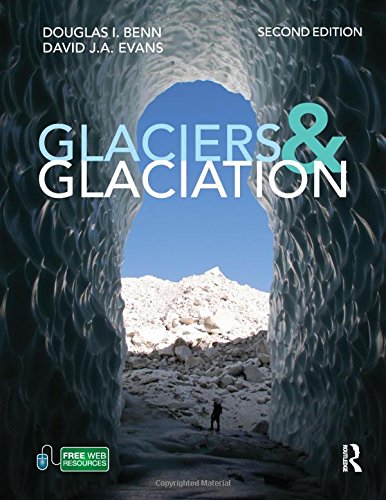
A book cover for Glaciers and Glaciation, 2nd edition (Hodder Arnold Publication); Douglas Benn; History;